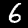
Label: 6